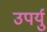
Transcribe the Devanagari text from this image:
उपर्यु